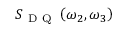
S _ { \mathrm { ~ D ~ Q ~ } } \left( \omega _ { 2 } , \omega _ { 3 } \right)